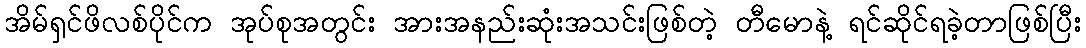
အိမ်ရှင်ဖိလစ်ပိုင်က အုပ်စုအတွင်း အားအနည်းဆုံးအသင်းဖြစ်တဲ့ တီမောနဲ့ ရင်ဆိုင်ရခဲ့တာဖြစ်ပြီး